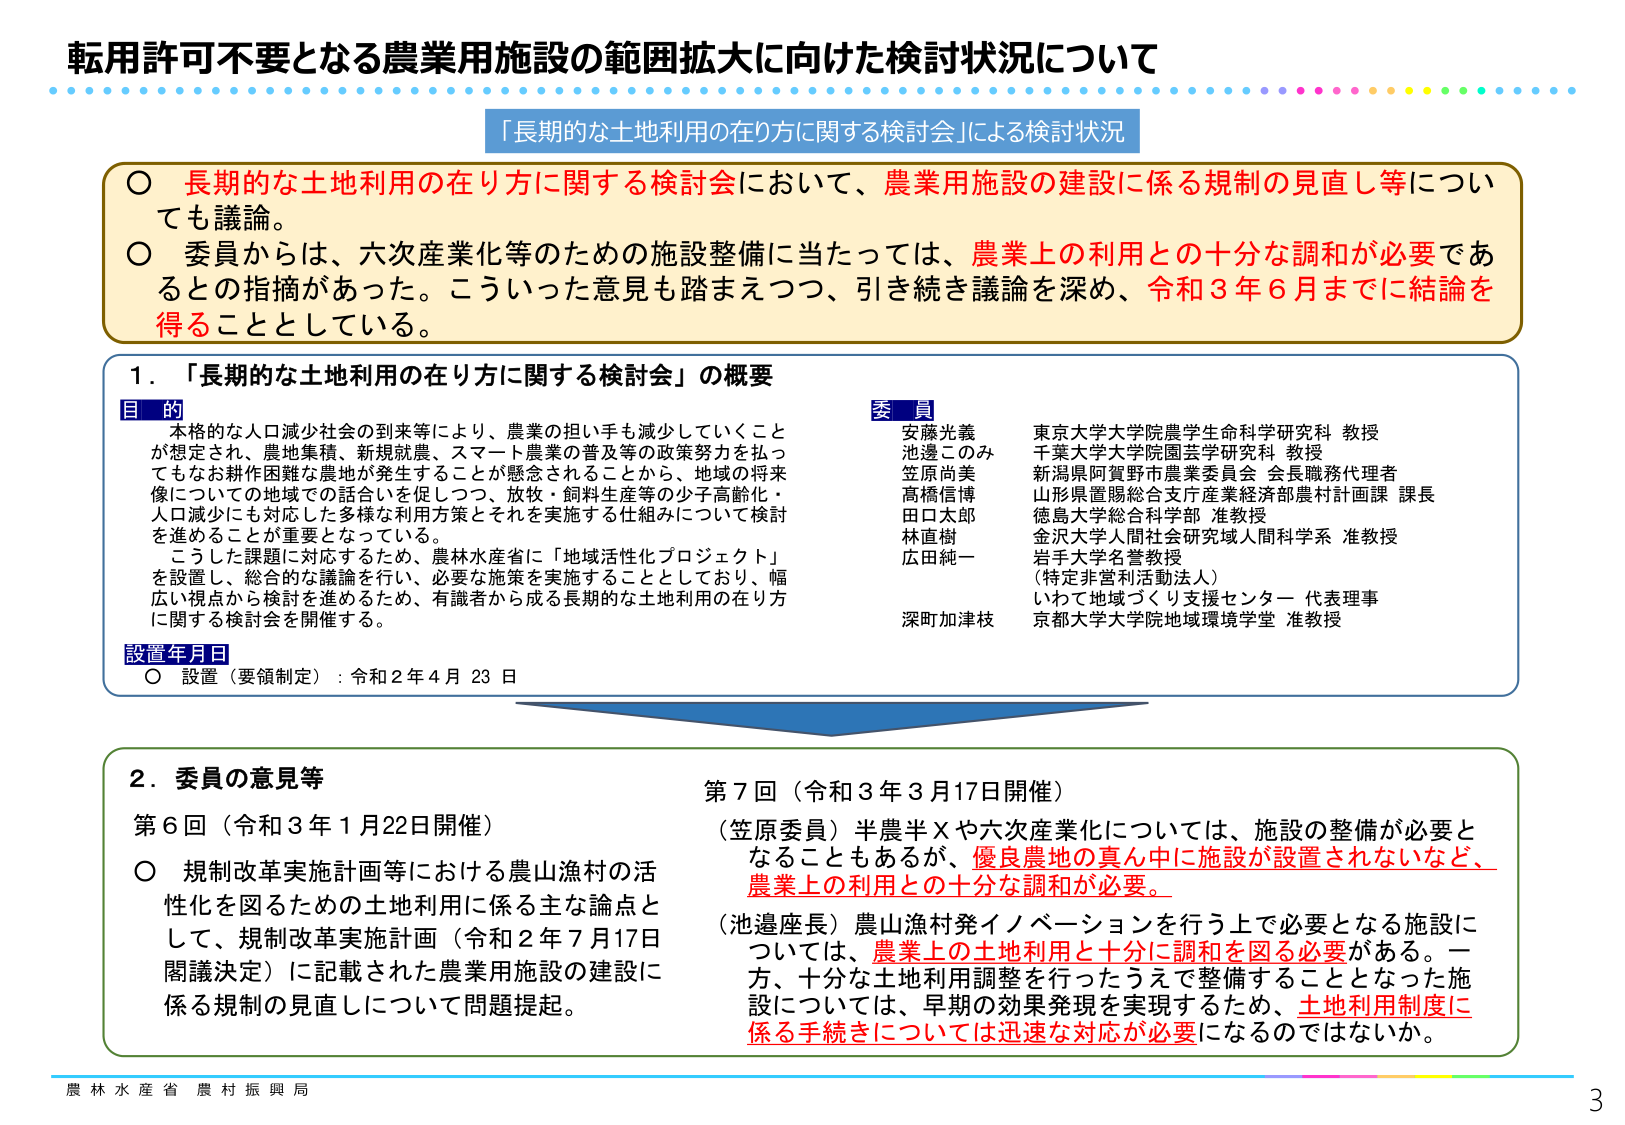
転用許可不要となる農業用施設の範囲拡大に向けた検討状況について
「長期的な土地利用の在り方に関する検討会」による検討状況

○ 長期的な土地利用の在り方に関する検討会において、農業用施設の建設に係る規制の見直し等についても議論。
○ 委員からは、六次産業化等のための施設整備に当たっては、農業上の利用との十分な調和が必要であるとの指摘があった。こういった意見も踏まえつつ、引き続き議論を深め、令和３年６月までに結論を得ることとしている。

１．「長期的な土地利用の在り方に関する検討会」の概要

目的
本格的な人口減少社会の到来等により、農業の担い手も減少していくことが想定され、農地集積、新規就農、スマート農業の普及等の政策努力を払ってもなお耕作困難な農地が発生することが懸念されることから、地域の将来像についての地域での話合いを促しつつ、放牧・飼料生産等の少子高齢化・人口減少にも対応した多様な利用方策とそれを実施する仕組みについて検討を進めることが重要となっている。
こうした課題に対応するため、農林水産省に「地域活性化プロジェクト」を設置し、総合的な議論を行い、必要な施策を実施することとしており、幅広い視点から検討を進めるため、有識者から成る長期的な土地利用の在り方に関する検討会を開催する。

設置年月日
○ 設置（要領制定）：令和２年４月23日

委員
安藤光義 東京大学大学院農学生命科学研究科 教授
池邊このみ 千葉大学大学院園芸学研究科 教授
笠原尚美 新潟県阿賀野市農業委員会 会長職務代理者
高橋信博 山形県置賜総合支庁産業経済部農村計画課 課長
田口太郎 徳島大学総合科学部 准教授
林直樹 金沢大学人間社会研究域人間科学系 准教授
広田純一 岩手大学名誉教授
（特定非営利活動法人）
いわて地域づくり支援センター 代表理事
深町加津枝 京都大学大学院地域環境学堂 准教授

２．委員の意見等

第６回（令和３年１月22日開催）
○ 規制改革実施計画等における農山漁村の活性化を図るための土地利用に係る主な論点として、規制改革実施計画（令和２年７月17日閣議決定）に記載された農業用施設の建設に係る規制の見直しについて問題提起。

第７回（令和３年３月17日開催）
（笠原委員）半農半Ｘや六次産業化については、施設の整備が必要となることもあるが、優良農地の真ん中に施設が設置されないなど、農業上の利用との十分な調和が必要。
（池邊座長）農山漁村発イノベーションを行う上で必要となる施設については、農業上の土地利用と十分に調和を図る必要がある。一方、十分な土地利用調整を行ったうえで整備することとなった施設については、早期の効果発現を実現するため、土地利用制度に係る手続きについては迅速な対応が必要になるのではないか。

農林水産省 農村振興局
3